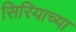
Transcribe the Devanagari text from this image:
सिरियाच्या